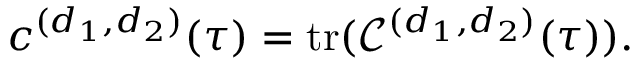
c ^ { ( d _ { 1 } , d _ { 2 } ) } ( \tau ) = \mathrm { t r } ( \mathscr { C } ^ { ( d _ { 1 } , d _ { 2 } ) } ( \tau ) ) .